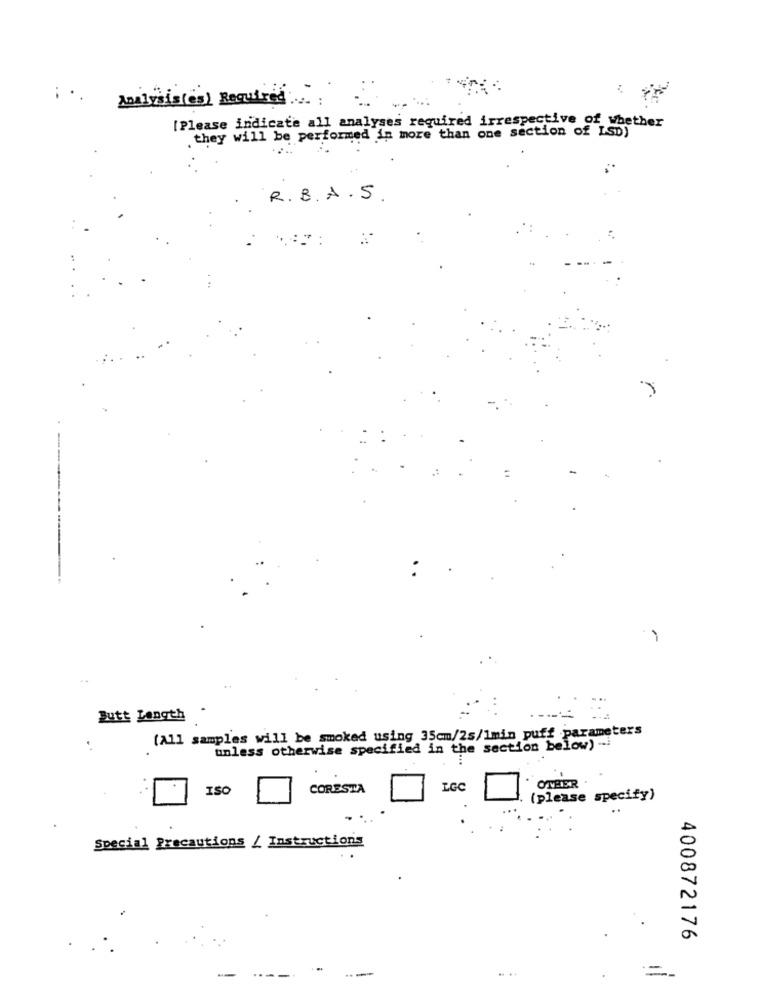
..
mini(es) Required
[Please indicate all analyses required irrespective of whether
they will be performed in more than one section of LSD)
R.B.A.S .
Butt Length
(All samples will be smoked using 35cm/25/1min puff parameters
unless otherwise specified in the section below) -- i
ISO
CORESTA
LGC
OTHER.
(please specify)
.
Special Precautions / Instructions
400872176
=